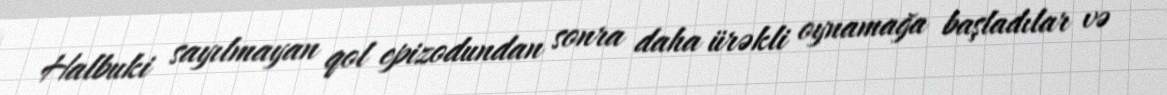
Halbuki sayılmayan qol epizodundan sonra daha ürəkli oynamağa başladılar və